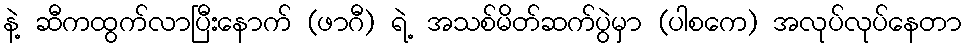
နဲ့ ဆီကထွက်လာပြီးနောက် (ဖာဂီ) ရဲ့ အသစ်မိတ်ဆက်ပွဲမှာ (ပါစကေ) အလုပ်လုပ်နေတာ